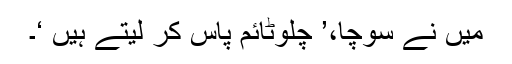
میں نے سوچا،’ چلوٹائم پاس کر لیتے ہیں ‘۔